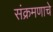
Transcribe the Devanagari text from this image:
संक्रमणाचे